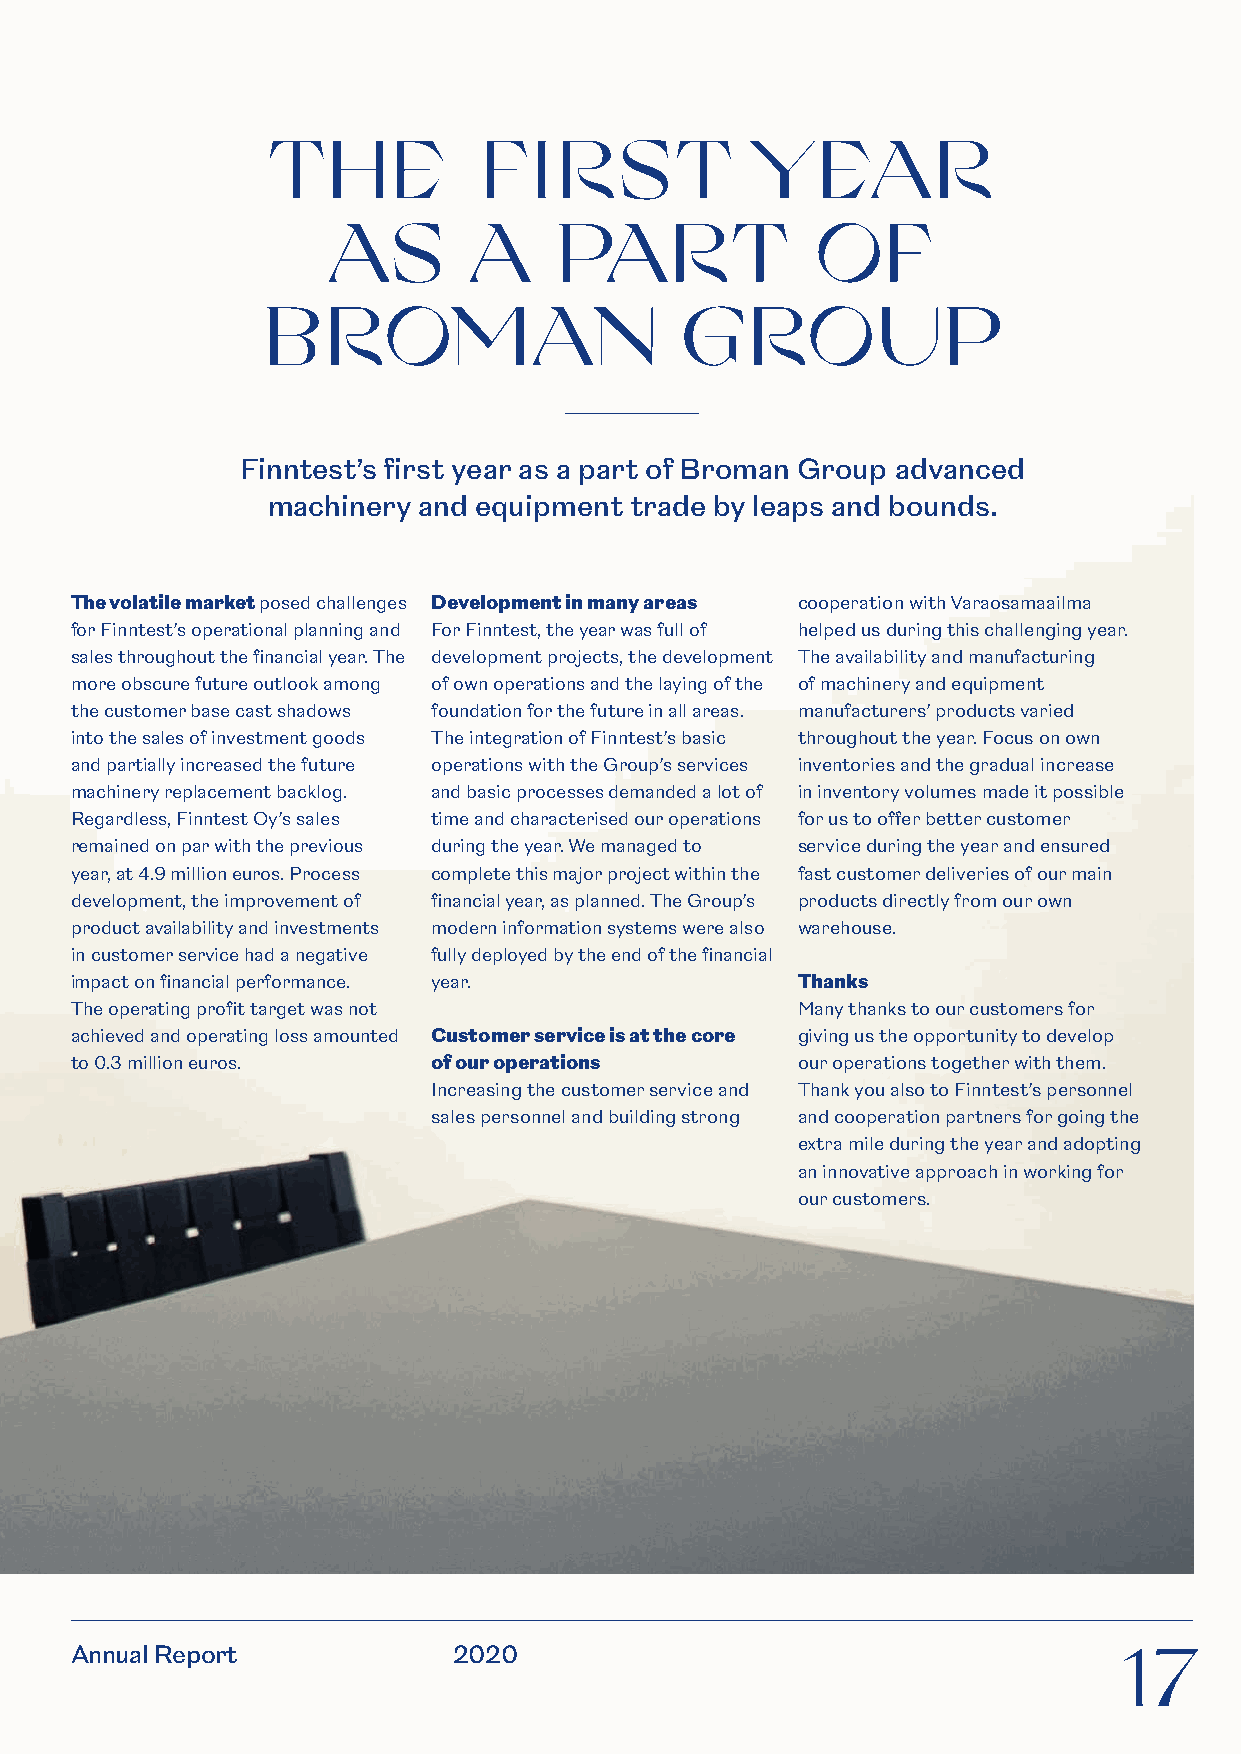
TH      E     FI   RST          YEAR
 AS       A     PART             OF
 BROMAN                      GROUP
 Finntest’s first year as a part of Broman Group advanced
 machinery and equipment trade by leaps and bounds.
 The volatile market posed challenges Development in many areas cooperation with Varaosamaailma
 for Finntest’s operational planning and For Finntest, the year was full of helped us during this challenging year.
 sales throughout the financial year. The development projects, the development The availability and manufacturing
 more obscure future outlook among of own operations and the laying of the of machinery and equipment
 the customer base cast shadows foundation for the future in all areas. manufacturers’ products varied
 into the sales of investment goods The integration of Finntest’s basic throughout the year. Focus on own
 and partially increased the future operations with the Group’s services inventories and the gradual increase
 machinery replacement backlog. and basic processes demanded a lot of in inventory volumes made it possible
 Regardless, Finntest Oy’s sales time and characterised our operations for us to offer better customer
 remained on par with the previous during the year. We managed to service during the year and ensured
 year, at 4.9 million euros. Process complete this major project within the fast customer deliveries of our main
 development, the improvement of financial year, as planned. The Group’s products directly from our own
 product availability and investments modern information systems were also warehouse.
 in customer service had a negative fully deployed by the end of the financial
 impact on financial performance. year.          Thanks
 The operating profit target was not             Many thanks to our customers for
 achieved and operating loss amounted Customer service is at the core giving us the opportunity to develop
 to 0.3 million euros.   of our operations       our operations together with them.
 Increasing the customer service and Thank you also to Finntest’s personnel
 sales personnel and building strong and cooperation partners for going the
 extra mile during the year and adopting
 an innovative approach in working for
 our customers.
 Annual Report            2020                                        17